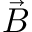
\vec { B }